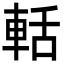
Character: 𮝐